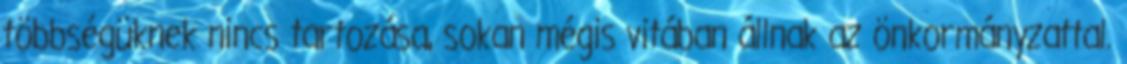
többségüknek nincs tartozása, sokan mégis vitában állnak az önkormányzattal.